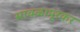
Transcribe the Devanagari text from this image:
सावळापूरकर